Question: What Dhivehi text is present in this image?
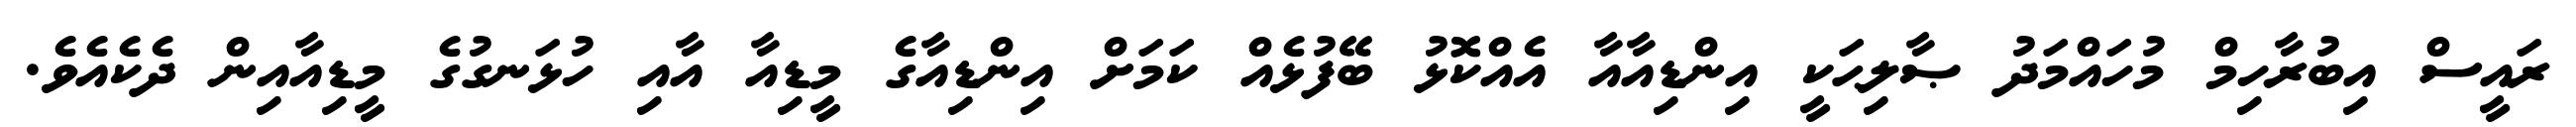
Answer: ރައީސް އިބުރާހިމް މުހައްމަދު ޞާލިޙަކީ އިންޑިއާއާ އެއްކޮޅު ބޭފުޅެއް ކަމަށް އިންޑިއާގެ މީޑިއާ އާއި ހުޅަނގުގެ މީޑިއާއިން ދެކެއެވެ.